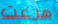
هرعت